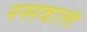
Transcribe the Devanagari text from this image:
रसवाले